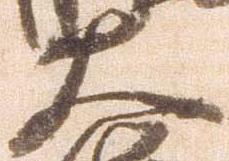
大